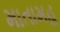
માતામહ